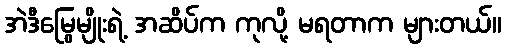
အဲဒီမြွေမျိုးရဲ့ အဆိပ်က ကုလို့ မရတာက များတယ်။